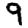
Digit: 9